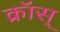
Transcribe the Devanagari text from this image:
क्रॉस्